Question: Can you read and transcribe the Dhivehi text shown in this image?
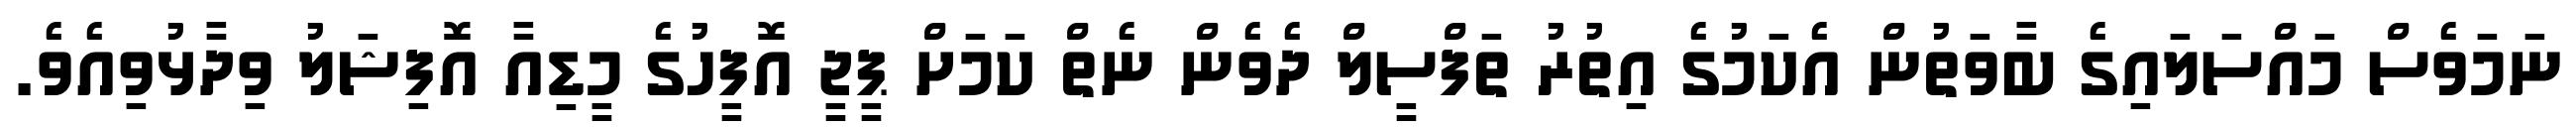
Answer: ނަމަވެސް މައްސަލައިގެ ބާވަތުން އެކަމުގެ އިތުރު ތަފްސީލް ދެވެން ނެތް ކަމަށް ޕީޖީ އޮފީހުގެ މީޑިއާ އޮފިޝަލު ވިދާޅުވިއެވެ.